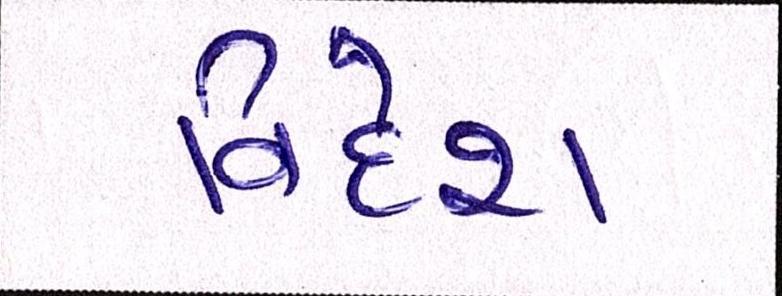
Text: વિદેશ